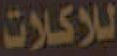
للاكلات